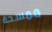
ممسحة